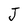
Character: J